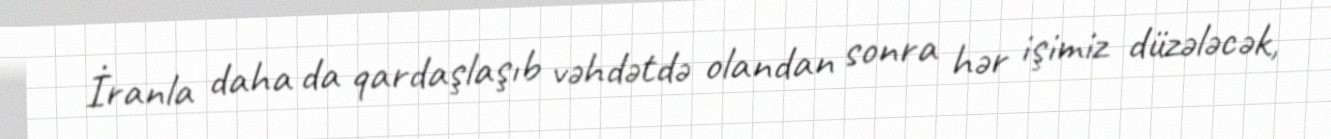
İranla daha da qardaşlaşıb vəhdətdə olandan sonra hər işimiz düzələcək,